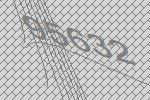
95632